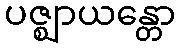
ပဇ္ဈာယန္တော